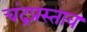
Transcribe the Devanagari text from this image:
चंद्रप्रस्ताव